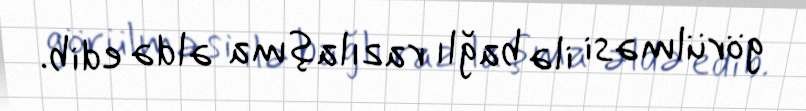
görülməsi ilə bağlı razılaşma əldə edib.